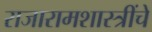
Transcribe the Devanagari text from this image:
राजारामशास्त्रींचे